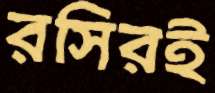
রসিরই